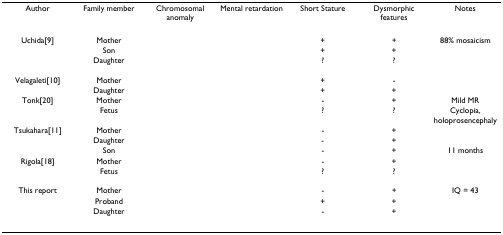
<table><thead><tr><td><b>Author</b></td><td><b>Family member</b></td><td><b>Chromosomal anomaly</b></td><td><b>Mental retardation</b></td><td><b>Short Stature</b></td><td><b>Dysmorphic features</b></td><td><b>Notes</b></td></tr></thead><tbody><tr><td>Uchida[9]</td><td>Mother</td><td>[EMPTY_CELL]</td><td>[EMPTY_CELL]</td><td>+</td><td>+</td><td>88% mosaicism</td></tr><tr><td>[EMPTY_CELL]</td><td>Son</td><td>[EMPTY_CELL]</td><td>[EMPTY_CELL]</td><td>+</td><td>+</td><td>[EMPTY_CELL]</td></tr><tr><td>[EMPTY_CELL]</td><td>Daughter</td><td>[EMPTY_CELL]</td><td>[EMPTY_CELL]</td><td>?</td><td>?</td><td>[EMPTY_CELL]</td></tr><tr><td>Velagaleti[10]</td><td>Mother</td><td>[EMPTY_CELL]</td><td>[EMPTY_CELL]</td><td>+</td><td>-</td><td>[EMPTY_CELL]</td></tr><tr><td>[EMPTY_CELL]</td><td>Daughter</td><td>[EMPTY_CELL]</td><td>[EMPTY_CELL]</td><td>+</td><td>+</td><td>[EMPTY_CELL]</td></tr><tr><td>Tonk[20]</td><td>Mother</td><td>[EMPTY_CELL]</td><td>[EMPTY_CELL]</td><td>-</td><td>+</td><td>Mild MR</td></tr><tr><td>[EMPTY_CELL]</td><td>Fetus</td><td>[EMPTY_CELL]</td><td>[EMPTY_CELL]</td><td>?</td><td>?</td><td>Cyclopia, holoprosencephaly</td></tr><tr><td>Tsukahara[11]</td><td>Mother</td><td>[EMPTY_CELL]</td><td>[EMPTY_CELL]</td><td>-</td><td>+</td><td>[EMPTY_CELL]</td></tr><tr><td>[EMPTY_CELL]</td><td>Daughter</td><td>[EMPTY_CELL]</td><td>[EMPTY_CELL]</td><td>-</td><td>+</td><td>[EMPTY_CELL]</td></tr><tr><td>[EMPTY_CELL]</td><td>Son</td><td>[EMPTY_CELL]</td><td>[EMPTY_CELL]</td><td>-</td><td>+</td><td>11 months</td></tr><tr><td>Rigola[18]</td><td>Mother</td><td>[EMPTY_CELL]</td><td>[EMPTY_CELL]</td><td>-</td><td>+</td><td>[EMPTY_CELL]</td></tr><tr><td>[EMPTY_CELL]</td><td>Fetus</td><td>[EMPTY_CELL]</td><td>[EMPTY_CELL]</td><td>?</td><td>?</td><td>[EMPTY_CELL]</td></tr><tr><td>This report</td><td>Mother</td><td>[EMPTY_CELL]</td><td>[EMPTY_CELL]</td><td>-</td><td>+</td><td>IQ = 43</td></tr><tr><td>[EMPTY_CELL]</td><td>Proband</td><td>[EMPTY_CELL]</td><td>[EMPTY_CELL]</td><td>+</td><td>+</td><td>[EMPTY_CELL]</td></tr><tr><td>[EMPTY_CELL]</td><td>Daughter</td><td>[EMPTY_CELL]</td><td>[EMPTY_CELL]</td><td>-</td><td>+</td><td>[EMPTY_CELL]</td></tr></tbody></table>